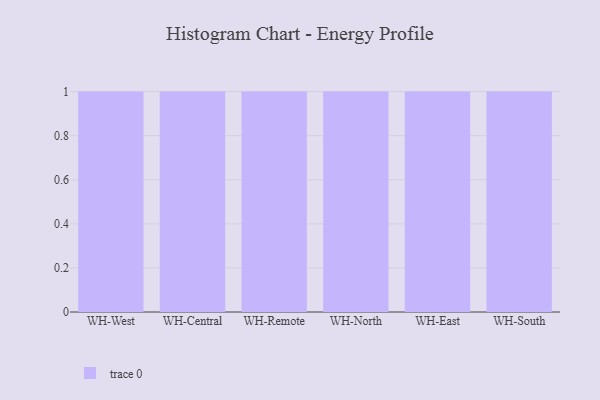
{"axis": {"x": "Warehouse", "y": "Inventory Turnover"}, "legend": [""], "data": [{"x": "WH-West", "y": 68, "type": ""}, {"x": "WH-Central", "y": 29, "type": ""}, {"x": "WH-Remote", "y": 62, "type": ""}, {"x": "WH-North", "y": 26, "type": ""}, {"x": "WH-East", "y": 55, "type": ""}, {"x": "WH-South", "y": 37, "type": ""}]}